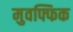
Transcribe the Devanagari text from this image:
मुवफ्फिक